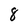
Character: 8